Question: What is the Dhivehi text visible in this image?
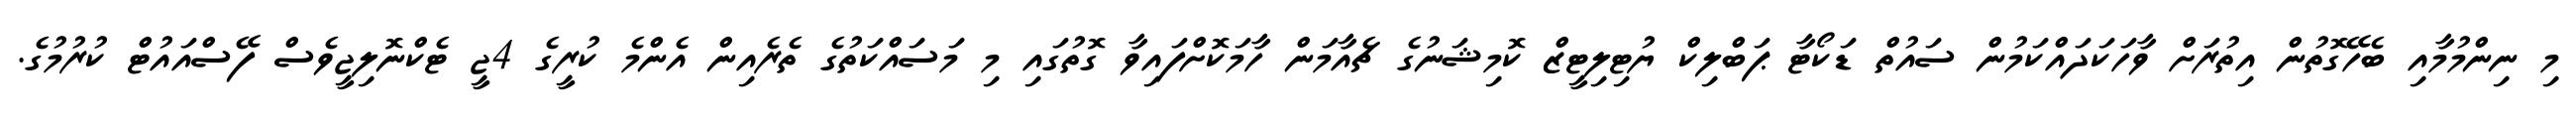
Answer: މި ނިންމުމާއި ބެހޭގޮތުން އިތުރަށް ވާހަކަދައްކަމުން ސައުތް ޑަކޯޓާ ޕަބްލިކް ޔުޓިލިޓީޒް ކޮމިޝަނުގެ ޗެއާމަން ހާމަކޮށްފައިވާ ގޮތުގައި މި މަސައްކަތުގެ ތެރެއިން އެންމެ ކުރީގެ 4ޖީ ޓެކްނޮލިޖީވެސް ފޭސްއައުޓް ކުރުމުގެ.